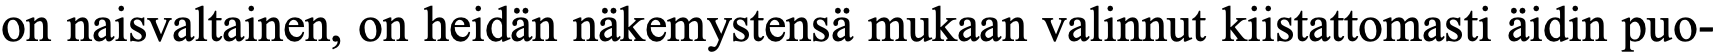
on naisvaltainen, on heidän näkemystensä mukaan valinnut kiistattomasti äidin puo-